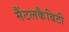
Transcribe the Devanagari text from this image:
मैंटलकैबिटी